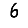
Digit: 6